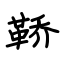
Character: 鞒